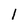
Character: l